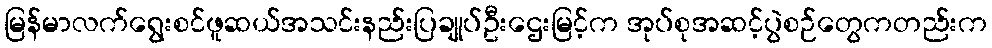
မြန်မာလက်ရွေးစင်ဖူဆယ်အသင်းနည်းပြချုပ်ဦးဌေးမြင့်က အုပ်စုအဆင့်ပွဲစဉ်တွေကတည်းက